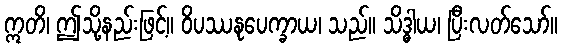
ဣတိ၊ ဤသို့နည်းဖြင့်။ ဝိပဿနုပေက္ခာယ၊ သည်။ သိဒ္ဓါယ၊ ပြီးလတ်သော်။